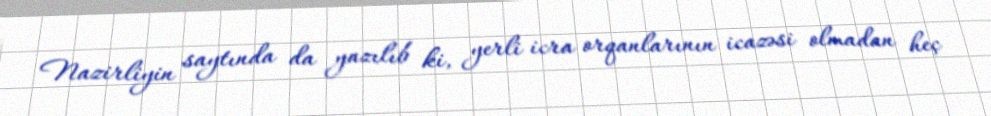
Nazirliyin saytında da yazılıb ki, yerli icra orqanlarının icazəsi olmadan heç